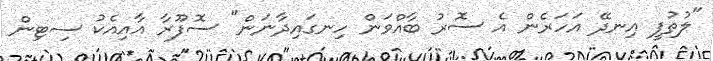
"ލުތުފީ އިނދޭ އަހަރެން އެ ސޮރު ބާއްވަން ހިނގައިދާނަން" ސޮފޫރާ އާއިއެކު ސިޓިން